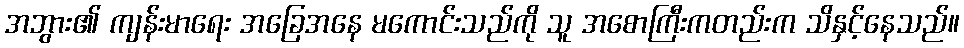
အဘွား၏ ကျန်းမာရေး အခြေအနေ မကောင်းသည်ကို သူ အစောကြီးကတည်းက သိနှင့်နေသည်။